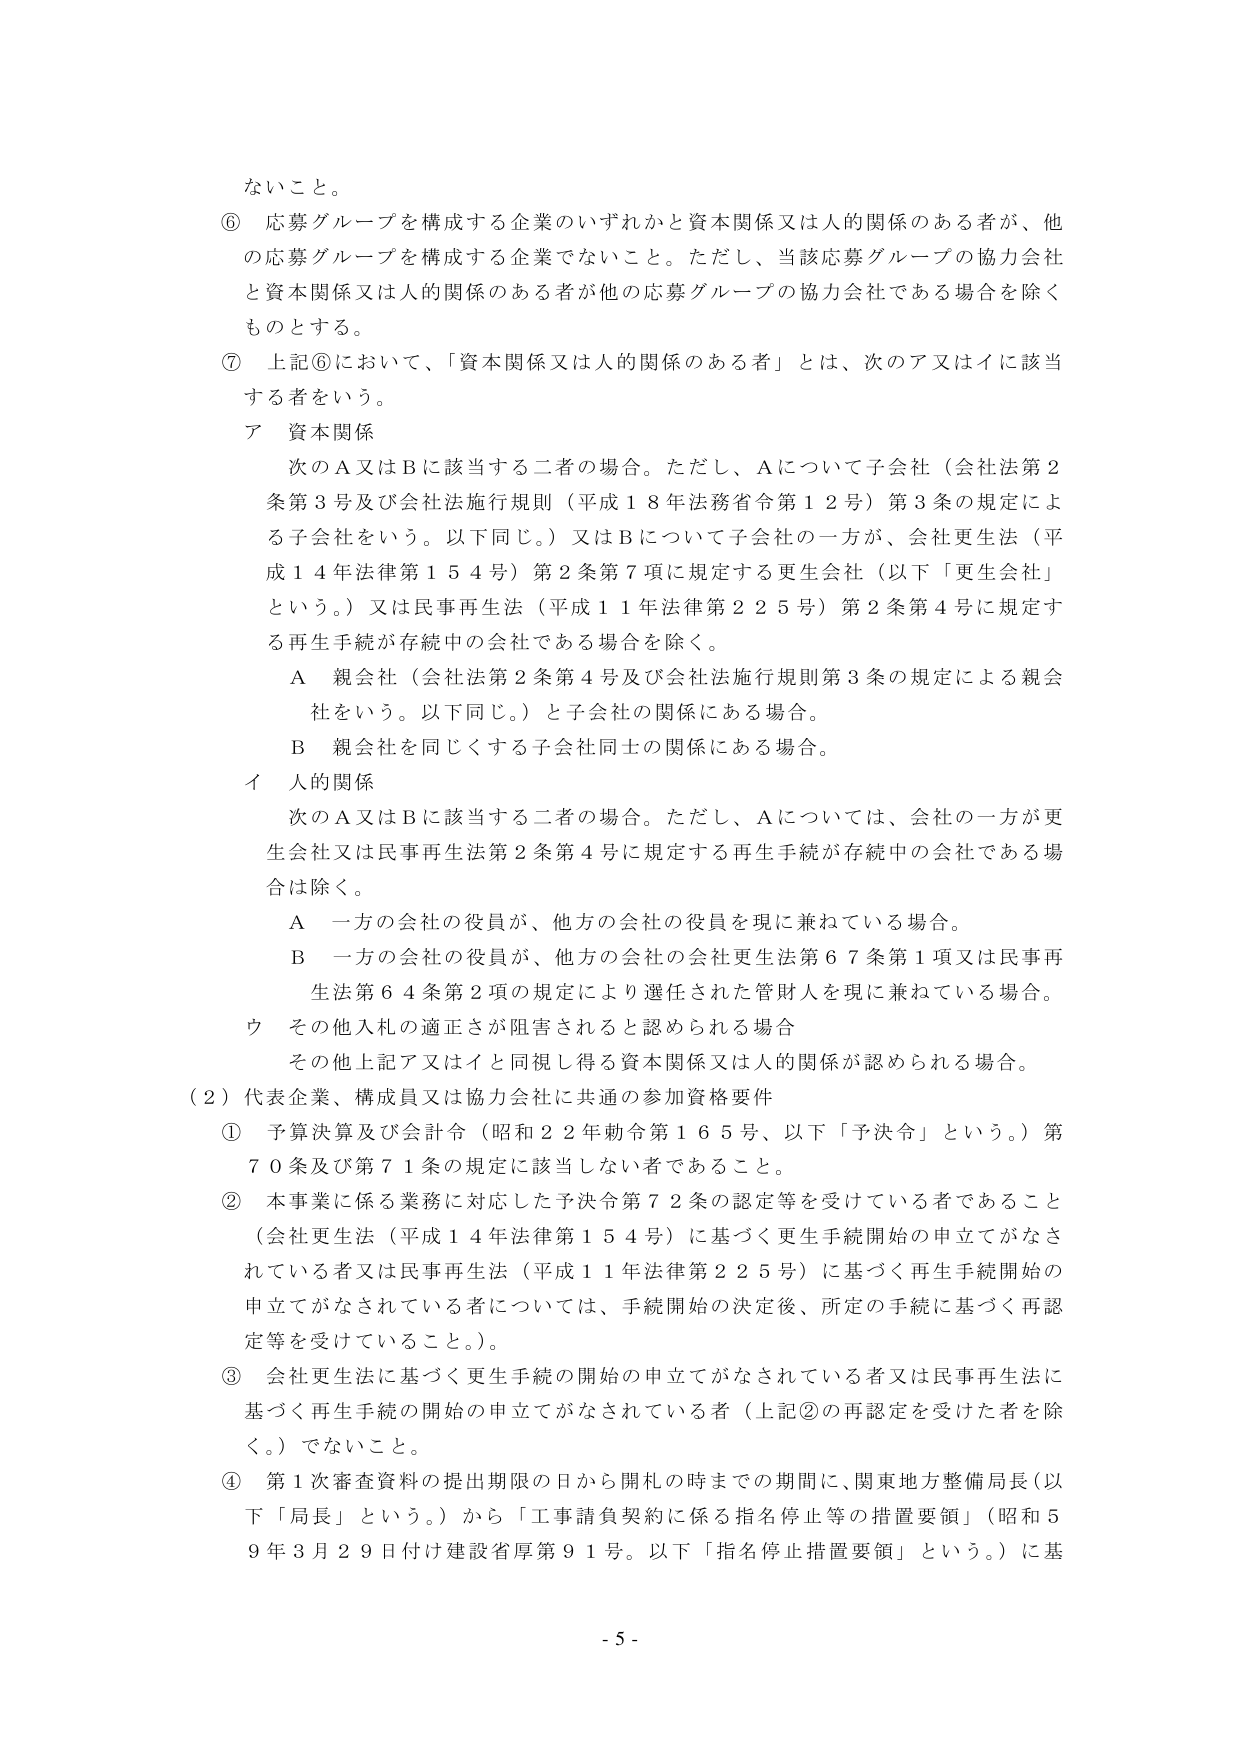
ないこと。

⑥ 応募グループを構成する企業のいずれかと資本関係又は人的関係のある者が、他の応募グループを構成する企業でないこと。ただし、当該応募グループの協力会社と資本関係又は人的関係のある者が他の応募グループの協力会社である場合を除くものとする。

⑦ 上記⑥において、「資本関係又は人的関係のある者」とは、次のア又はイに該当する者をいう。

ア 資本関係
　次のA又はBに該当する二者の場合。ただし、Aについて子会社（会社法第2条第3号及び会社法施行規則（平成18年法務省令第12号）第3条の規定による子会社をいう。以下同じ。）又はBについて子会社の一方が、会社更生法（平成14年法律第154号）第2条第7項に規定する更生会社（以下「更生会社」という。）又は民事再生法（平成11年法律第225号）第2条第4号に規定する再生手続が存続中の会社である場合を除く。
　　A 親会社（会社法第2条第4号及び会社法施行規則第3条の規定による親会社をいう。以下同じ。）と子会社の関係にある場合。
　　B 親会社を同じくする子会社同士の関係にある場合。

イ 人的関係
　次のA又はBに該当する二者の場合。ただし、Aについては、会社の一方が更生会社又は民事再生法第2条第4号に規定する再生手続が存続中の会社である場合は除く。
　　A 一方の会社の役員が、他方の会社の役員を現に兼ねている場合。
　　B 一方の会社の役員が、他方の会社の会社更生法第67条第1項又は民事再生法第64条第2項の規定により選任された管財人を現に兼ねている場合。

ウ その他入札の適正さが阻害されると認められる場合
　その他上記ア又はイと同視し得る資本関係又は人的関係が認められる場合。

（2）代表企業、構成員又は協力会社に共通の参加資格要件
① 予算決算及び会計令（昭和22年勅令第165号、以下「予決令」という。）第70条及び第71条の規定に該当しない者であること。

② 本事業に係る業務に対応した予決令第72条の認定等を受けている者であること（会社更生法（平成14年法律第154号）に基づく更生手続開始の申立てがなされている者又は民事再生法（平成11年法律第225号）に基づく再生手続開始の申立てがなされている者については、手続開始の決定後、所定の手続に基づく再認定等を受けていること。）。

③ 会社更生法に基づく更生手続の開始の申立てがなされている者又は民事再生法に基づく再生手続の開始の申立てがなされている者（上記②の再認定を受けた者を除く。）でないこと。

④ 第1次審査資料の提出期限の日から開札の時までの期間に、関東地方整備局長（以下「局長」という。）から「工事請負契約に係る指名停止等の措置要領」（昭和59年3月29日付け建設省厚第91号。以下「指名停止措置要領」という。）に基

- 5 -